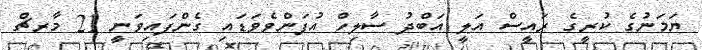
ޔަމަނުގެ ކުރީގެ ރައީސް އަލީ އަބްދު ސާލިހް އުފަންވެވަޑައި ގެންފައިވަނީ 21 މާރޗް